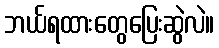
ဘယ်ရထားတွေပြေးဆွဲလဲ။